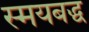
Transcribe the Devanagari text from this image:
स्मयबद्ध